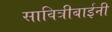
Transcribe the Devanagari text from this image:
सावित्रीबाईनी